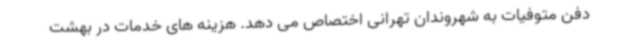
دفن متوفیات به شهروندان تهرانی اختصاص می دهد. هزینه های خدمات در بهشت